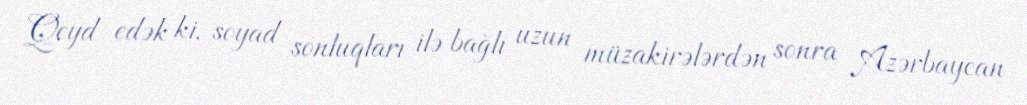
Qeyd edək ki, soyad sonluqları ilə bağlı uzun müzakirələrdən sonra Azərbaycan